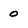
Character: 0